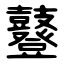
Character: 鼟